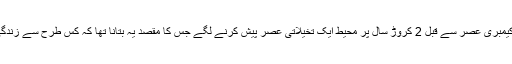
جب اس سوال کا جواب نہیں مل سکا تو ارتقائی ماہرین، کیمبری عصر سے قبل 2 کروڑ سال پر محیط ایک تخیلاتی عصر پیش کرنے لگے جس کا مقصد یہ بتانا تھا کہ کس طرح سے زندگی ارتقاء پذیر ہوئی اور یہ کہ ’’کچھ نامعلوم واقعہ ہوگیا‘‘۔